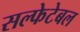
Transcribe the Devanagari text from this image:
सल्फेटेबल